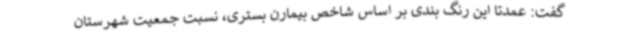
گفت: عمدتا این رنگ بندی بر اساس شاخص بیمارن بستری، نسبت جمعیت شهرستان